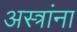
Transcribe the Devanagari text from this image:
अस्त्रांना